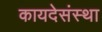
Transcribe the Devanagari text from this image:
कायदेसंस्था